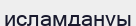
исламдануы